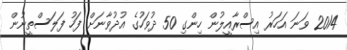
2014 ވަނަ އަހަރު އިސްރާއީލުން ހިންގި 50 ދުވަހުގެ އުދުވާނަށް ފަހު ފަލަސްތީނުން